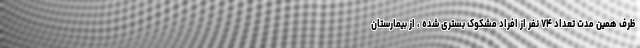
ظرف همین مدت تعداد ۷۴ نفر از افراد مشکوک بستری شده ، از بیمارستان